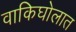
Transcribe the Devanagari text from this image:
वाकिघोलात